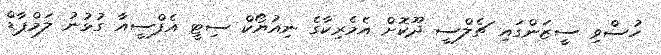
ހުސްވި ސީޒަންގައި ޗެލްސީ ދޫކޮށް އެމެރިކާގެ ނިއުޔޯކް ސިޓީ އެފްސީއާ ގުޅުނު ލަމްޕާޑް